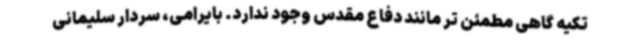
تکیه گاهی مطمئن تر مانند دفاع مقدس وجود ندارد. بایرامی، سردار سلیمانی